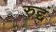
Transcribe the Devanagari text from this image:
रुद्दं